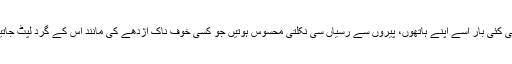
کئی کئی بار اسے اپنے ہاتھوں، پیروں سے رسیاں سی نکلتی محسوس ہوتیں جو کسی خوف ناک اژدھے کی مانند اس کے گرد لپٹ جاتیں۔